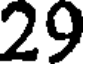
29